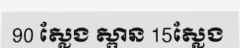
90 ស្លែង ស្ពាន 15ស្លែង